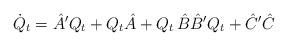
LaTeX: \begin{align*}\dot Q_t& = \hat A' Q_t + Q_t \hat A + Q_t\, \hat B \hat B' Q_t + \hat C' \hat C\end{align*}